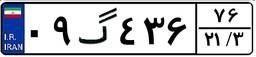
۳۵گ۶۱۷۶۴